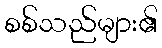
စစ်သည်များ၏